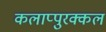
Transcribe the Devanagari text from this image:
कलाप्पुरक्कल